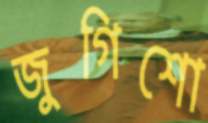
জুগিশো